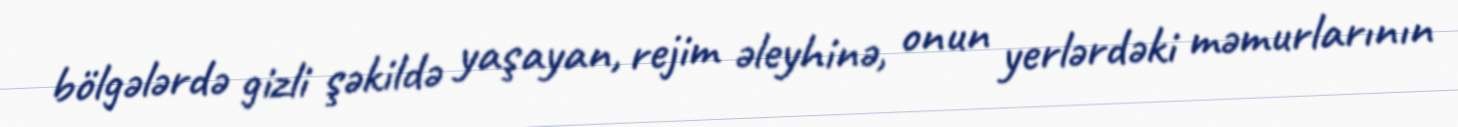
bölgələrdə gizli şəkildə yaşayan, rejim əleyhinə, onun yerlərdəki məmurlarının